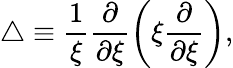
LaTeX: \triangle\equiv\frac{1}{\xi}\frac{\partial}{\partial\xi}\left(\xi\frac{\partial}{\partial\xi}\right),